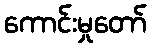
ကောင်းမှုတော်